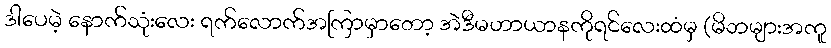
ဒါပေမဲ့ နောက်သုံးလေး ရက်လောက်အကြာမှာတော့ အဲဒီမဟာယာနကိုရင်လေးထံမှ (မိဘများအကူ